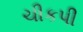
ચીકપી